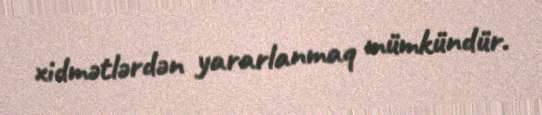
xidmətlərdən yararlanmaq mümkündür.